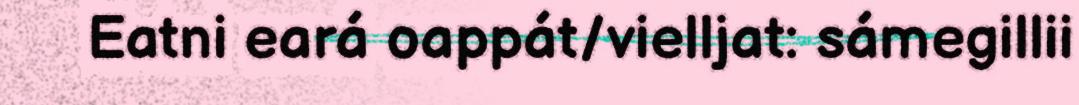
Eatni eará oappát/vielljat: sámegillii